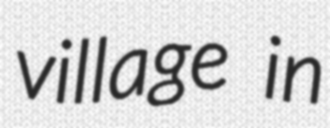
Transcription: village in